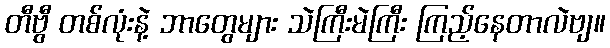
တီဗွီ တစ်လုံးနဲ့ ဘာတွေများ သဲကြီးမဲကြီး ကြည့်နေတာလဲဗျ။